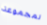
لمجموعة